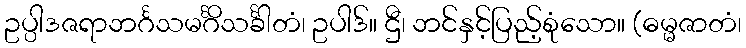
ဥပ္ပါဒဇရာဘင်္ဂသမင်္ဂိသင်္ခါတံ၊ ဥပါဒ်။ ဌီ၊ ဘင်နှင့်ပြည့်စုံသော။ (ဓမ္မဇာတံ၊